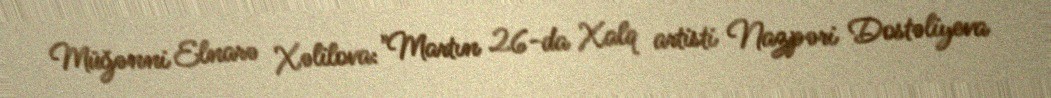
Müğənni Elnarə Xəlilova: "Martın 26-da Xalq artisti Nazpəri Dostəliyeva